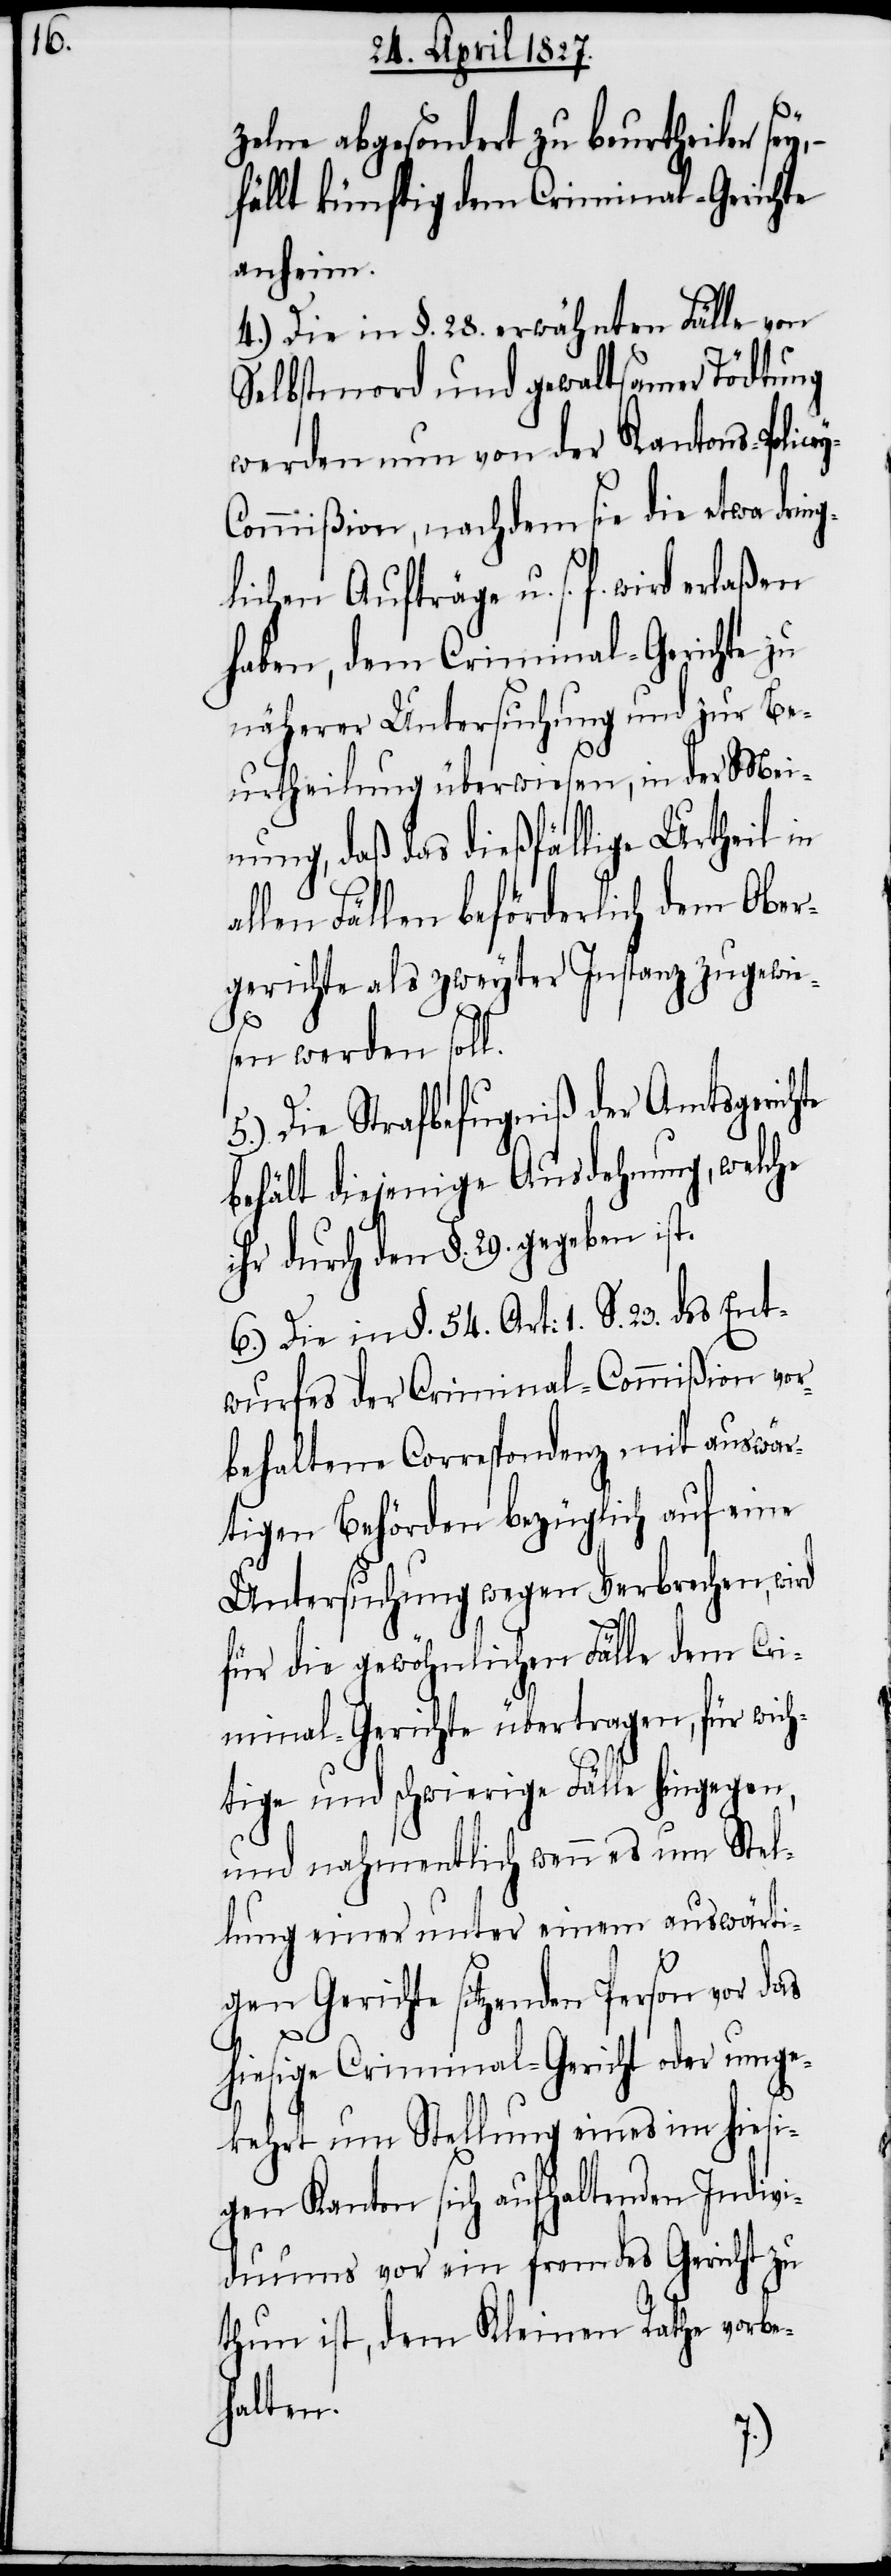
zelne abgesondert zu beurtheilen sey,
fällt künftig dem Criminal-Gerichte
anheim.
4.) Die in §. 28. erwähnten Fälle von
Selbstmord und gewaltsamer Tödtung
werden nun von der Kantons-Police¬
ommißion, nachdem sie die etwa drin¬
glichen Aufträge u. s. f. wird erlaßen
haben, dem Criminal-Gerichte zu
näherer Untersuchung und zur Be¬
urtheilung überwiesen, in der Mei¬
nung, daß das dießfällige Urtheil in
llen Fällen beförderlich dem Ober¬
gerichte als zweyter Instanz zugewie¬
y-C¬
sen werden soll.
5.) Die Strafbefugniß der Amtsgerichte
behält diejenige Ausdehnung, welche
ihr durch den §. 29. gegeben ist.
6.) Die in §. 54. Art: 1. S. 23. des Ent¬
wurfes der Criminal-Commißion vor¬
behaltene Correspondenz mit auswär¬
tigen Behörden bezüglich auf eine
Untersuchung wegen Verbrechen, wird
für die gewöhnlichen Fälle dem Cri¬
minal-Gerichte übertragen, für wich¬
tige und schwierige Fälle hingegen,
und nahmentlich wenn es um Stel¬
lung einer unter einem auswärti¬
gen Gerichte sitzenden Person vor das
hiesige Criminal-Gericht oder umge¬
kehrt um Stellung eines im hiesi¬
gen Kanton sich aufhaltenden Indivi¬
duums vor ein fremdes Gericht zu
thun ist, dem Kleinen Rathe vorbe¬
halten.
a¬